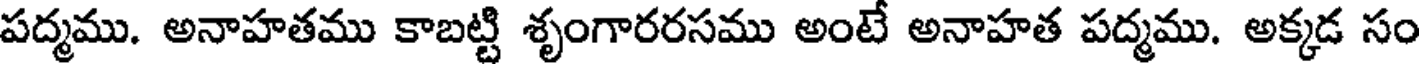
పద్మము. అనాహతము కాబట్టి శృంగారరసము అంటే అనాహత పద్మము. అక్కడ సం